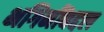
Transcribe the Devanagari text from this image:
भगिनींबद्दल